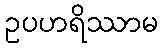
ဥပဟရိဿာမ